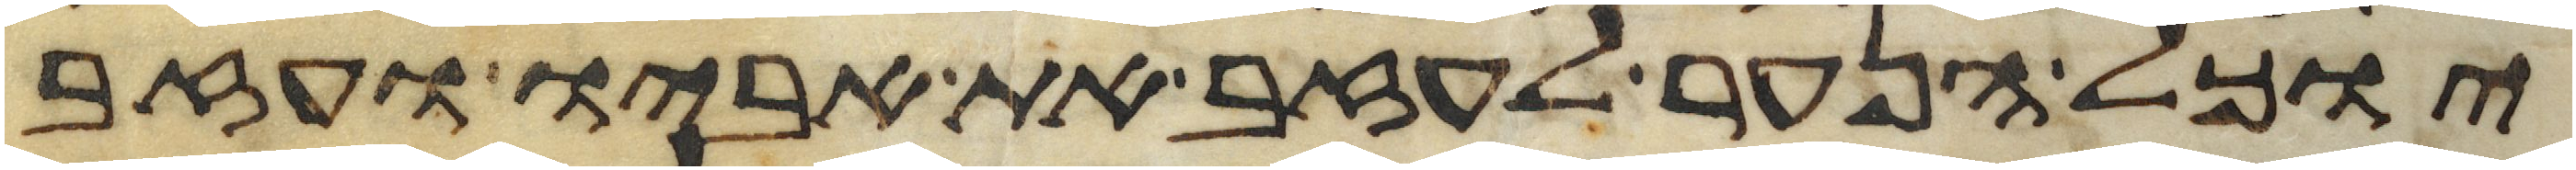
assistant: יוכל הנער לעזב את אביו ועזב